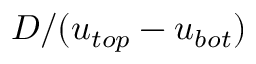
D / ( { { u } _ { t o p } } - { { u } _ { b o t } } )